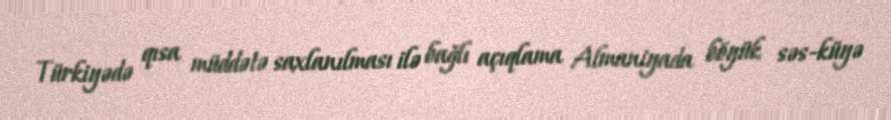
Türkiyədə qısa müddətə saxlanılması ilə bağlı açıqlama Almaniyada böyük səs-küyə